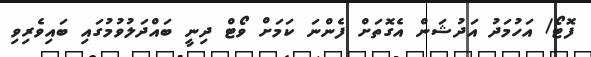
ފޮޓޯ/ އަހުމަދު އަދުޝަން އެގޮތަށް ފެންނަ ކަމަށް ވޯޓް ދިނީ ބައްދަލުވުމުގައި ބައިވެރިވި